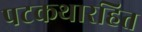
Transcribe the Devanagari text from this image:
पटकथारहित